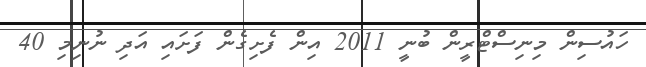
ހައުސިން މިނިސްޓްރީން ބުނީ 2011 އިން ފެށިގެން ފަށައި އަދި ނުނިމި 40